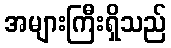
အများကြီးရှိသည်